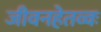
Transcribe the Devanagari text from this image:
जीवनहेतव्वः